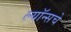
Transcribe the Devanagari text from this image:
ल्यॉन्सचे